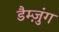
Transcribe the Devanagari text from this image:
डैम्ज़ुंग